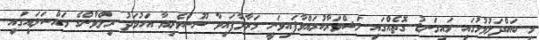
މި ބައްދަލުވުމުގައި މައިގަނޑު ގޮތެއްގައި މަޝްވަރާކުރައްވާފައިވަނީ މަރާލާފައިވާ ނޫސްވެރިޔާ އަހުމަދު ރިލްވާންގެ މައްސަލައިގައި